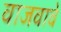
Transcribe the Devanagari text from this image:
वाजवावे